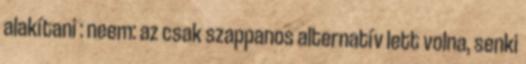
alakítani : neem: az csak szappanos alternatív lett volna, senki